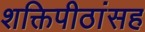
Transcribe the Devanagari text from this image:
शक्तिपीठांसह